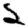
Digit: 2